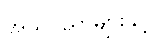
အသိပညာများနှင့်